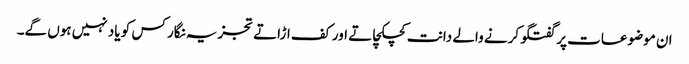
ان موضوعات پر گفتگو کرنے والے دانت کچکچاتے اور کف اڑاتے تجزیہ نگار کس کو یاد نہیں ہوں گے۔